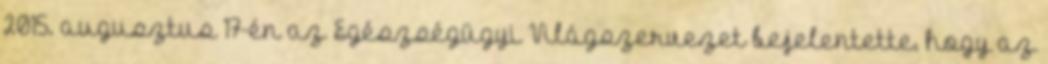
2015. augusztus 17-én az Egészségügyi Világszervezet bejelentette, hogy az